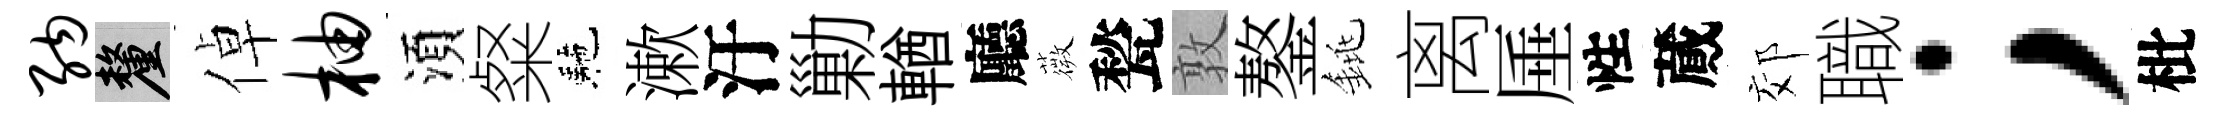
纳厘倬柚湏粲駰漱汙勦輶廳薇甃敦鏊銚离厜性蕆郊職；枇